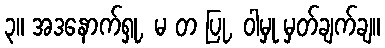
၃။ အဒနောက်ရှု, မ တ ပြု, ဝါမှု မှတ်ချက်ချ။